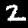
Digit: 2